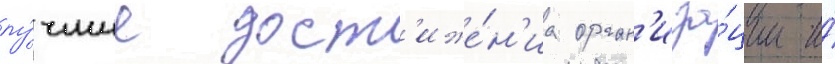
лу́чшие дост'иже́н'иа орган'иза́ции и́